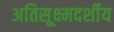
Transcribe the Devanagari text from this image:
अतिसूक्ष्मदर्शीय